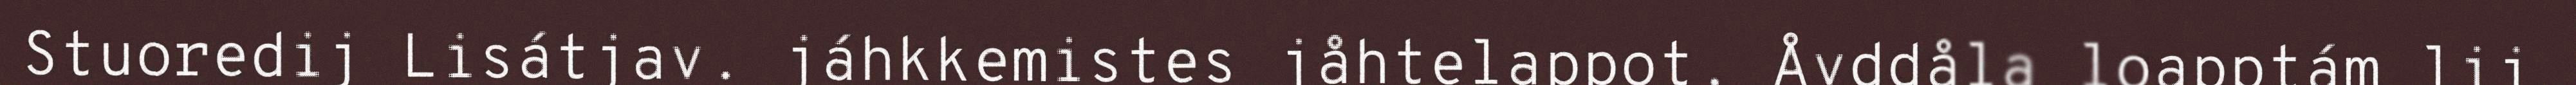
Stuoredij Lisátjav. jáhkkemistes jåhtelappot. Åvddåla loapptám lij